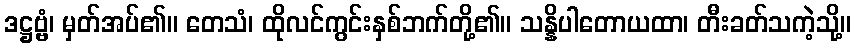
ဒဋ္ဌဗ္ဗံ၊ မှတ်အပ်၏။ တေသံ၊ ထိုလင်ကွင်းနှစ်ဘက်တို့၏။ သန္နိပါတောယထာ၊ တီးခတ်သကဲ့သို့။